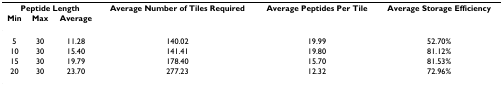
<table><thead><tr><td colspan="3"><b>Peptide Length</b></td><td><b>Average Number of Tiles Required</b></td><td><b>Average Peptides Per Tile</b></td><td><b>Average Storage Efficiency</b></td></tr><tr><td><b>Min</b></td><td><b>Max</b></td><td><b>Average</b></td><td></td><td></td><td></td></tr></thead><tbody><tr><td>5</td><td>30</td><td>11.28</td><td>140.02</td><td>19.99</td><td>52.70%</td></tr><tr><td>10</td><td>30</td><td>15.40</td><td>141.41</td><td>19.80</td><td>81.12%</td></tr><tr><td>15</td><td>30</td><td>19.79</td><td>178.40</td><td>15.70</td><td>81.53%</td></tr><tr><td>20</td><td>30</td><td>23.70</td><td>277.23</td><td>12.32</td><td>72.96%</td></tr></tbody></table>